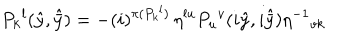
LaTeX: P _ { k } { } ^ { l } ( \hat { y } , \hat { \bar { y } } ) = - ( i ) ^ { \pi ( P _ { k } { } ^ { l } ) } \, \eta ^ { l u } P _ { u } { } ^ { v } ( i \hat { y } , i \hat { \bar { y } } ) \eta ^ { - 1 } { } _ { v k }